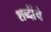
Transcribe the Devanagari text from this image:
शब्दांंचे